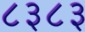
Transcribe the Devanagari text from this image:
८३८३